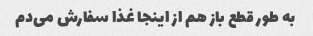
به طور قطع باز هم از اینجا غذا سفارش می‌دم